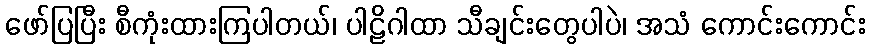
ဖော်ပြပြီး စီကုံးထားကြပါတယ်၊ ပါဠိဂါထာ သီချင်းတွေပါပဲ၊ အသံ ကောင်းကောင်း